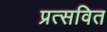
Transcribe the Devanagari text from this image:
प्रत्सवित